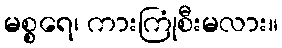
မစ္စရေ၊ ကားကြုံစီးမလား။